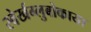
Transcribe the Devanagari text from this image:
स्वेर्खग्लुबोकाया